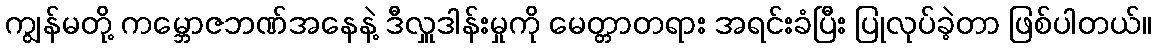
ကျွန်မတို့ ကမ္ဘောဇဘဏ်အနေနဲ့ ဒီလှူဒါန်းမှုကို မေတ္တာတရား အရင်းခံပြီး ပြုလုပ်ခဲ့တာ ဖြစ်ပါတယ်။